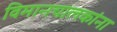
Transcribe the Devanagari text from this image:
विमानचालकांना